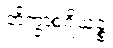
ဘိက္ခာစရိယဉ္စ